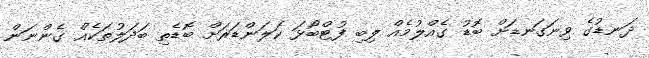
ދަނޑުގެ ވިނަގަނޑަށް ބޮޑު ގެއްލުމެއް ލިބި ފުޓްބޯޅަ ކަލަންޑަރަށް ބޮޑެތި ބަދަލުތަކެއް ގެންނަން